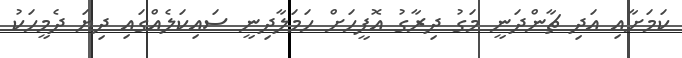
ކަމަށާއި އަދި ޗާންދަނީ މަގު ދިރާގު އޮފީހަށް ހަމަލާދިނީ ސައިކަލެއްގައި ދިޔަ ދެމީހަކު